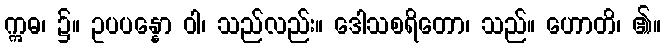
ဣဓ၊ ၌။ ဥပပန္နော ဝါ၊ သည်လည်း။ ဒေါသစရိတော၊ သည်။ ဟောတိ၊ ၏။